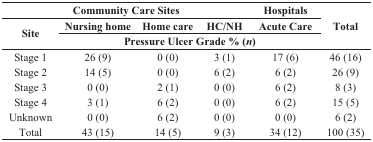
| <COLSPAN=4> Community Care Sites | Hospitals | <ROWSPAN=3> Total |
 | <ROWSPAN=2> Site | Nursing home | Home care | HC/NH | Acute Care |
 | <COLSPAN=4> Pressure Ulcer Grade % (n) |
 | --- | --- | --- | --- | --- | --- |
 | Stage 1 | 26 (9) | 0 (0) | 3 (1) | 17 (6) | 46 (16) |
 | Stage 2 | 14 (5) | 0 (0) | 6 (2) | 6 (2) | 26 (9) |
 | Stage 3 | 0 (0) | 2 (1) | 0 (0) | 6 (2) | 8 (3) |
 | Stage 4 | 3 (1) | 6 (2) | 0 (0) | 6 (2) | 15 (5) |
 | Unknown | 0 (0) | 6 (2) | 0 (0) | 0 (0) | 6 (2) |
 | Total | 43 (15) | 14 (5) | 9 (3) | 34 (12) | 100 (35) |